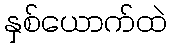
နှစ်ယောက်ထဲ